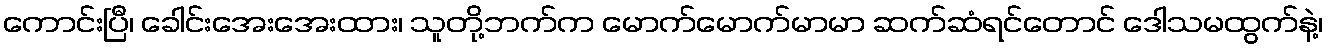
ကောင်းပြီ၊ ခေါင်းအေးအေးထား၊ သူတို့ဘက်က မောက်မောက်မာမာ ဆက်ဆံရင်တောင် ဒေါသမထွက်နဲ့၊